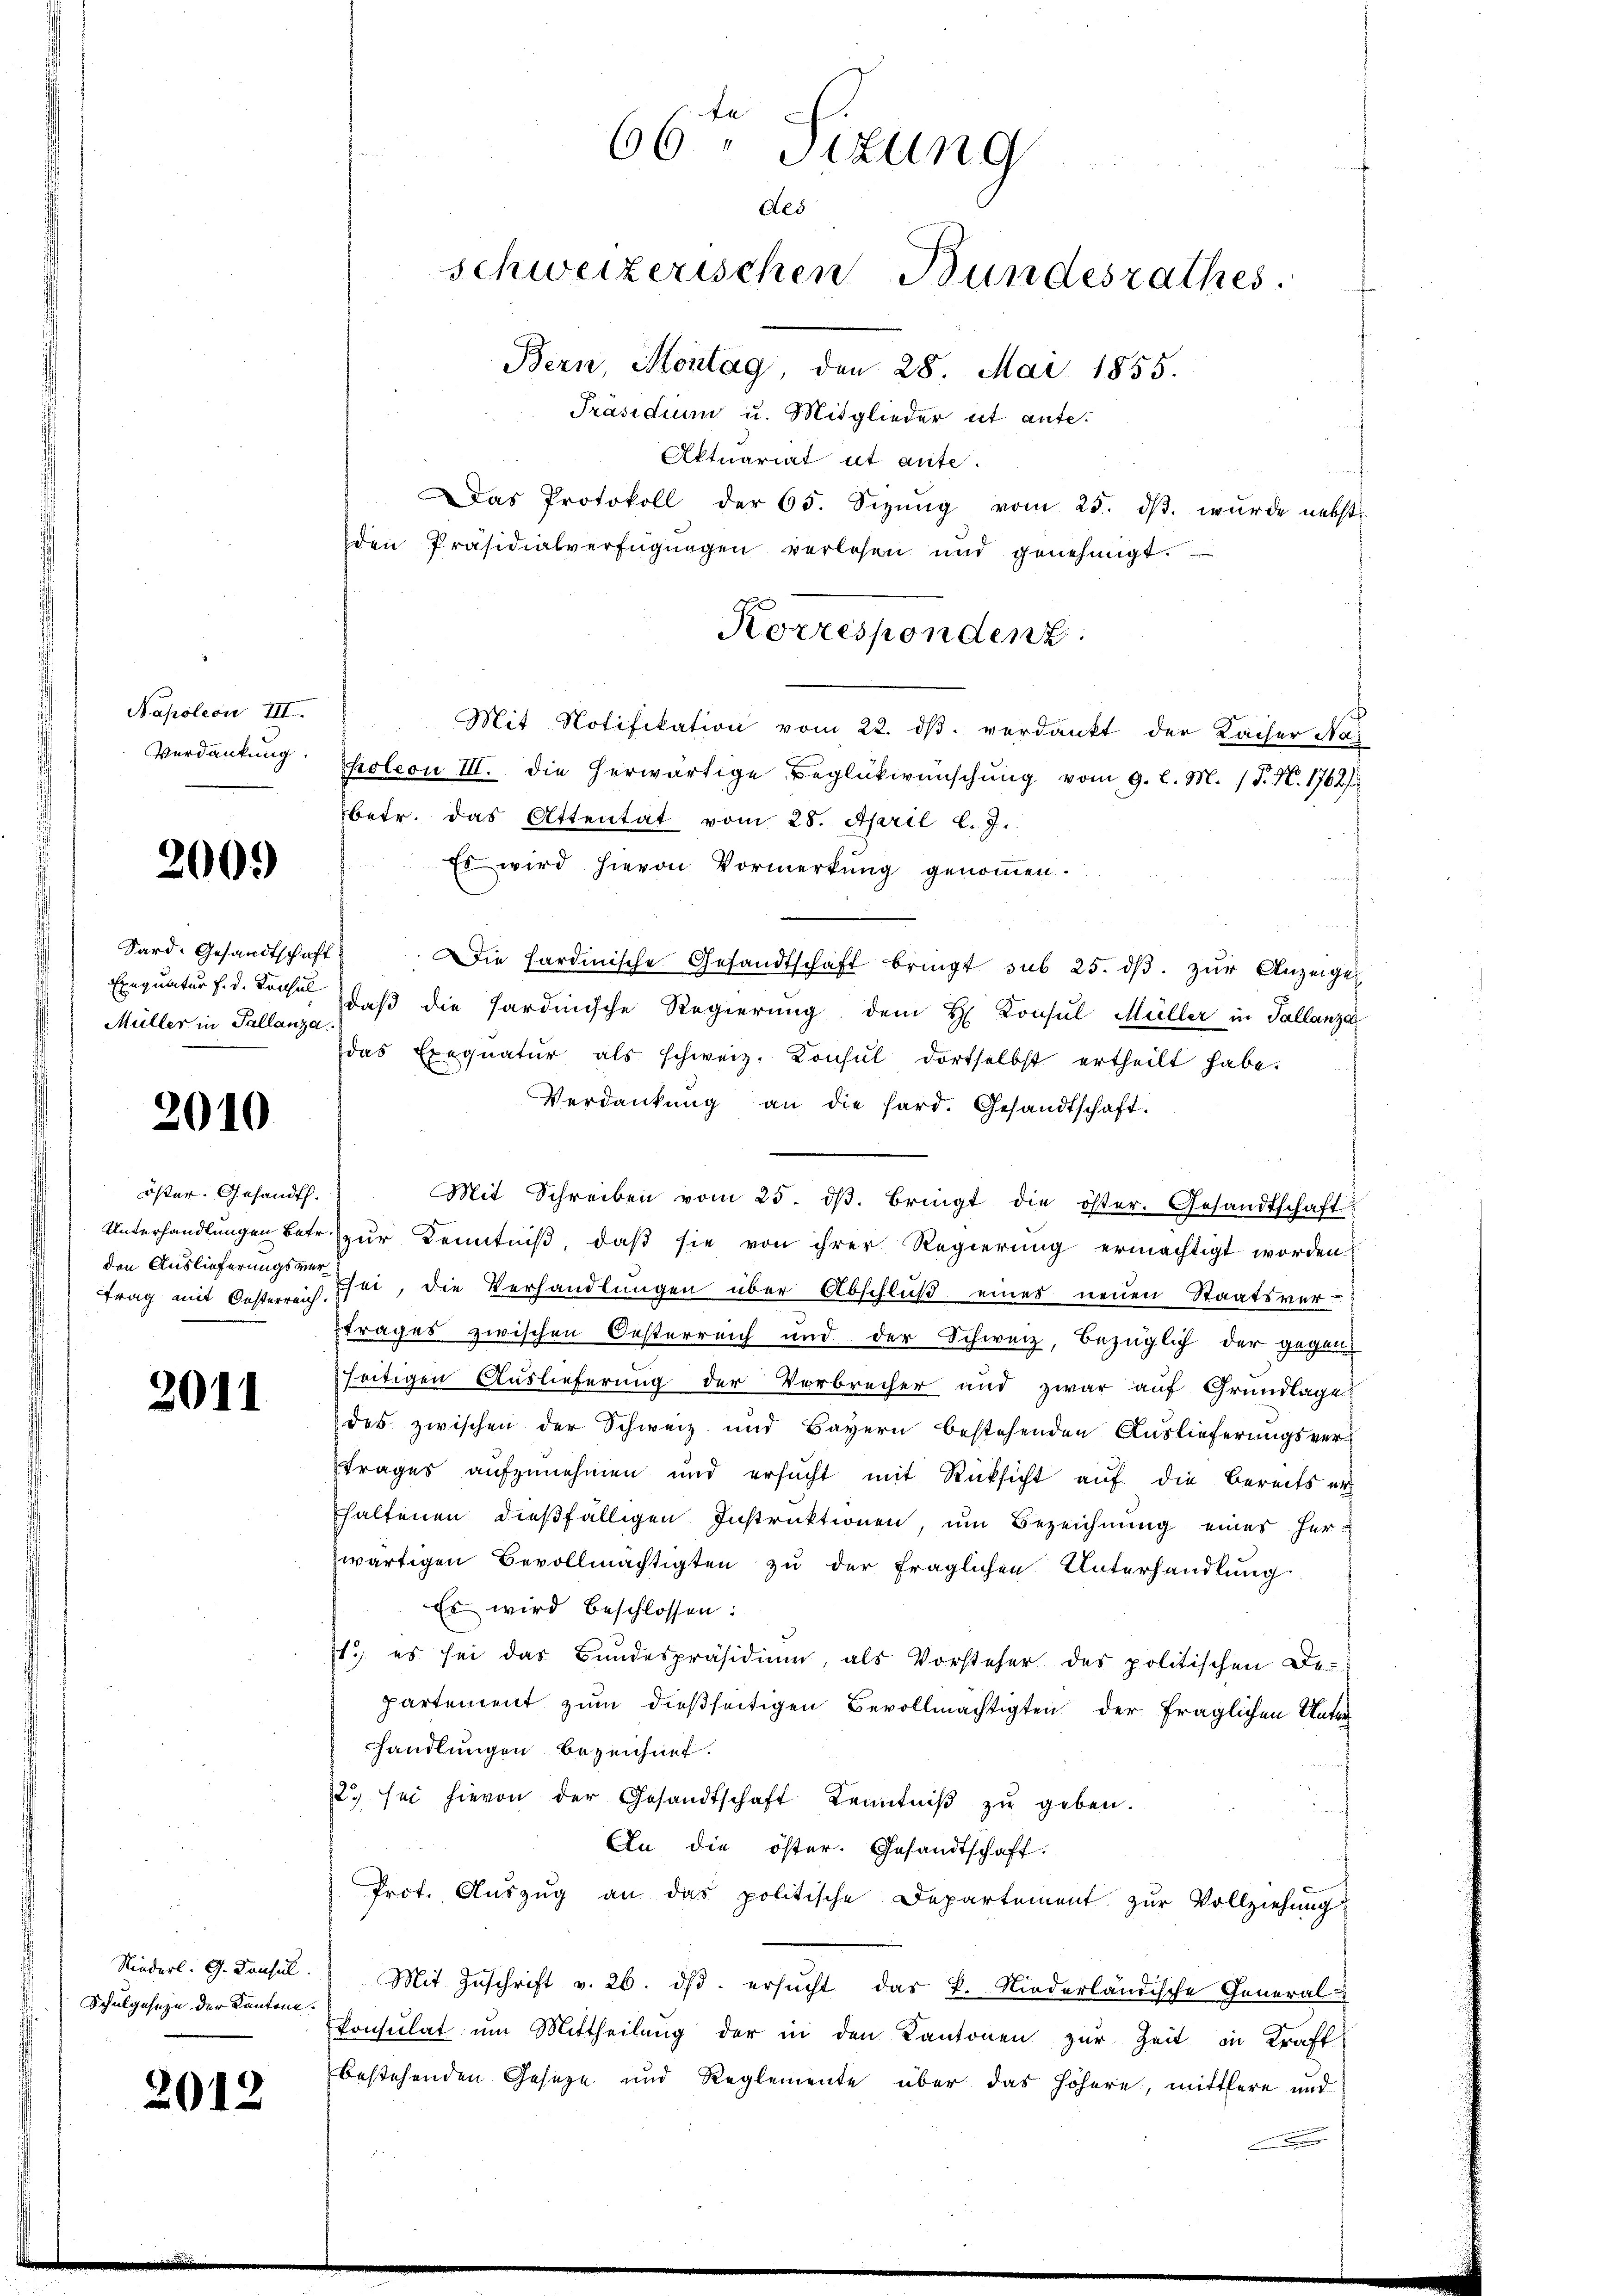
Napoleon III.
Verdankung:

2000

Sard-Gesandtschaft
Exequatur f. d. Konsul
Müller in Tallanza.

2010

öster. Gesandt.
den Auslieferungsvertrag mit Oesterreich.

2011

Niederl. G. Consul
Schulgeseze der Kantone.

2012

Aktuariat et aute.
Das Protokoll der 65. Sizŭng vom 25. dβ. wurde nebst
den Präsidialverfügungen verlesen und genehmigt.
Mit Notifikation vom 22. dβ verdankt der Kaiser Na
poleon III. Die herwärtige Beglükwünschung vom 9. l. M. (T. N. 1762/
betr. das Attentat vom 28. April l. J.
Es wird hievon Vormerkung genommen.
Die hardinische Gesandtschaft bringt sub 25. dβ zŭr Anzeigen
daß die Sardinische Regierung dem H Consul Müller in Tallanze
das Exequatur als schweiz. Konsul dortselbst ertheilt habe.
Verdankŭng an die hard. Gesandtschaft-
Mit Schreiben vom 25. dβ. bringt die öster. Gesandtschaft
Unterhandlungen betr. zur Kenntniß, daß sie von ihrer Regierung ermächtigt worden
sei, die Verhandlungen über Abschluß eines neuen Staatsver-
ftrages zwischen Oesterreich und der Schweiz, bezüglich der gegen
seitigen Auslieferung der Verbrecher und zwar auf Grundlage
des zwischen der Schweiz und Bayern bestehenden Auslieferungsvertrages aufzunehmen und ersucht mit Rücksicht auf die bereits er
haltenen dießfälligen Instruktionen, um Bezeichnung eines Herwärtigen Bevollmächtigten zu der fraglichen Unterhandlung
Es wird beschlossen:
11., es sei das Bundespräsidium, als Vorsteher des politischen De-
partement zum dießseitigen Bevollmächtigten der fraglichen Unterhandlungen bezeichnet.
22 sei hievon der Gesandtschaft Kenntniβ zŭ geben.
An die öster. Gesandtschaft.
Prot. Auszug an das politische Departement zur Vollziehung
Mit Zuschrift v. 26. dβ ersucht das K. Niederländische General-
konsulat um Mittheilung der in den Kantonen zur Zeit in Kraft
bestehenden Geseze und Reglemente über das höhere, mittlere und
n

66ten Sizung
Aes
schweizerischen Bundesrathes
Bern, Montag, den 28. Mai 1855.
Präsidium u. Mitglieder ut ante-

Korresponden z